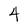
Character: 4